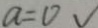
a = 0